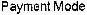
PAYMENT MODE